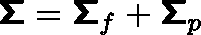
\boldsymbol { \mathsf { \Sigma } } = \boldsymbol { \mathsf { \Sigma } } _ { f } + \boldsymbol { \mathsf { \Sigma } } _ { p }